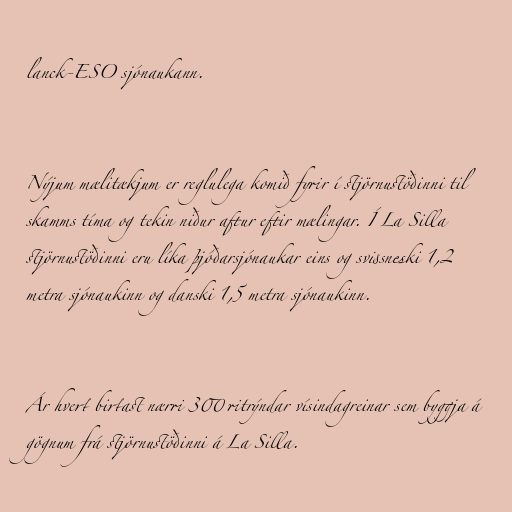
lanck-ESO sjónaukann.

Nýjum mælitækjum er reglulega komið fyrir í stjörnustöðinni til
skamms tíma og tekin niður aftur eftir mælingar. Í La Silla
stjörnustöðinni eru líka þjóðarsjónaukar eins og svissneski 1,2
metra sjónaukinn og danski 1,5 metra sjónaukinn.

Ár hvert birtast nærri 300 ritrýndar vísindagreinar sem byggja á
gögnum frá stjörnustöðinni á La Silla.